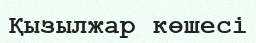
Қызылжар көшесі